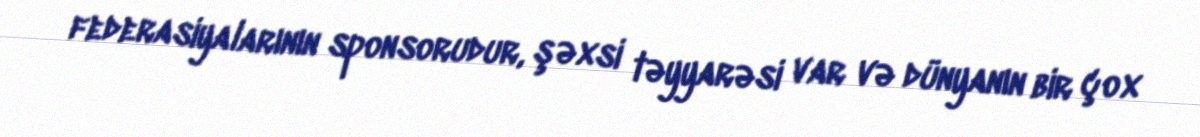
federasiyalarının sponsorudur, şəxsi təyyarəsi var və dünyanın bir çox